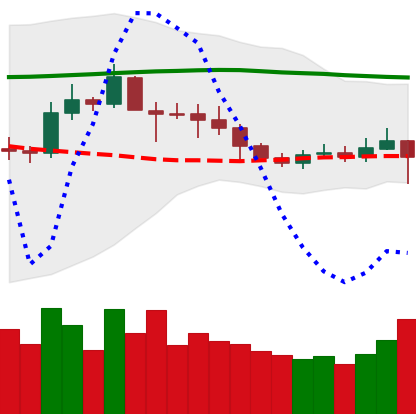
Ticker: ETC-USD
Chart end date: 2019-09-19
Forward return: -25.489%
Label: down_7plus